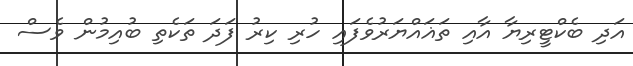
އަދި ބެކްޓީރިޔާ އާއި ތަޣައްޔަރުވެފައި ހުރި ކިރު ފަދަ ތަކެތި ބުއިމުން ވެސް